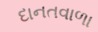
દાનતવાળા